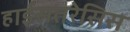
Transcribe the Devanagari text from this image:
हाईसतरेसिस